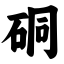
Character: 硐